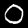
Digit: 0